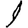
Digit: 1